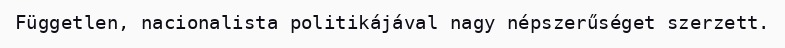
Független, nacionalista politikájával nagy népszerűséget szerzett.